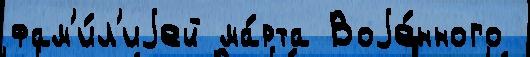
фам'и́л'иjей ма́рта Воjе́нного